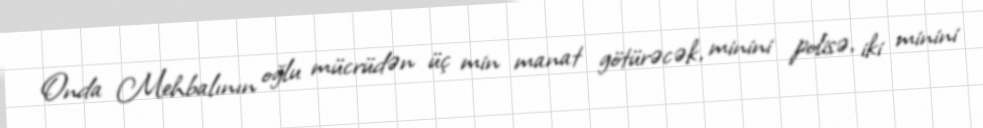
Onda Mehbalının oğlu mücrüdən üç min manat götürəcək, minini polisə, iki minini